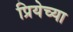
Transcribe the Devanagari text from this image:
प्रियेच्या